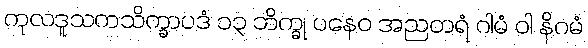
ကုလဒူသကသိက္ခာပဒံ ၁၃ ဘိက္ခု ပနေဝ အညတရံ ဂါမံ ဝါ နိဂမံ